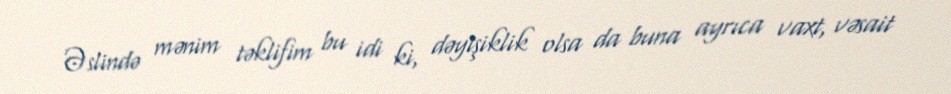
Əslində mənim təklifim bu idi ki, dəyişiklik olsa da buna ayrıca vaxt, vəsait